Madras plague regulations in force outside the Presidency town - Volume 4
Disease focus: Plague
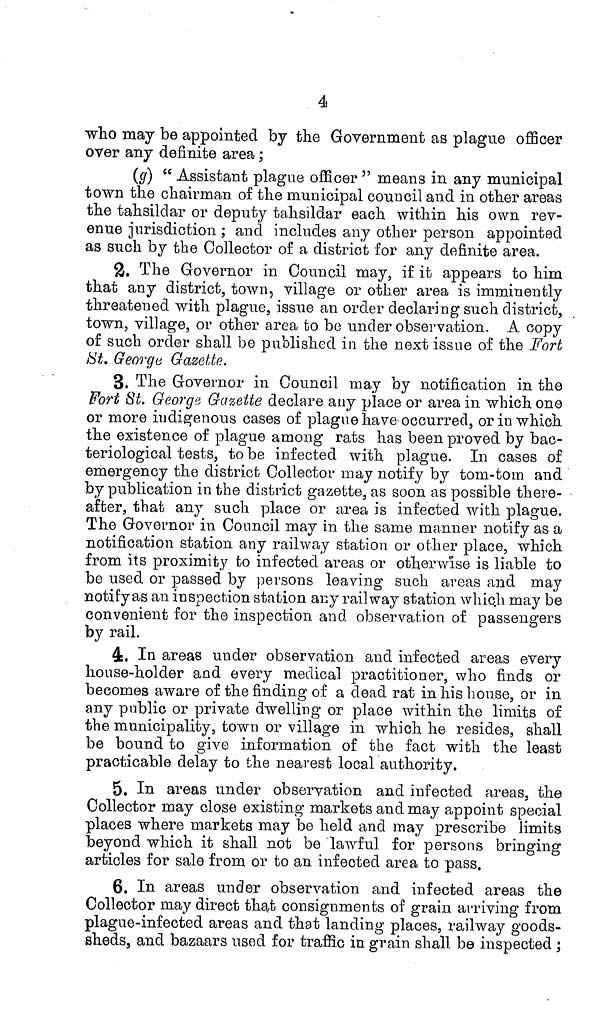
4
who may be appointed by the Government as plague officer
over any definite area ;
(g) " Assistant plague officer " means in any municipal
town the chairman of the municipal council and in other areas
the tahsildar or deputy tahsildar each within his own rev-
enue jurisdiction ; and includes any other person appointed
as such by the Collector of a district for any definite area.
2. The Governor in Council may, if it appears to him
that any district, town, village or other area is imminently
threatened with plague, issue an order declaring such district,
town, village, or other area to be under observation. A copy
of such order shall be published in the next issue of the Fort
St. George Gazette.
3. The Governor in Council may by notification in the
Fort St. George Gazette declare any place or area in which one
or more indigenous cases of plague have occurred, or in which
the existence of plague among rats has been proved by bac-
teriological tests, tobe infected with plague. In cases of
emergency the district Collector may notify by torn-torn and
by publication in the district gazette, as soon as possible there-
after, that any such place or area is infected with plague.
The Governor in Council may in the same manner notify as a
notification station any railway station or other place, which
from its proximity to infected areas or otherwise is liable to
be used or passed by persons leaving such areas and may
notify as an inspection station any railway station whic.li may be
convenient for the inspection and observation of passengers
by rail.
4. In areas under observation and infected areas every
house-holder and every medical practitioner, who finds or
becomes aware of the finding of a dead rat in his house, or in
any public or private dwelling or place within the limits of
the municipality, town or village in which he resides, shall
be bound to give information of the fact with the least
practicable delay to the nearest local authority.
5. In areas under observation and infected areas, the
Collector may close existing markets and may appoint special
places where markets may be held and may prescribe limits
beyond which it shall not be lawful for persons bringing
articles for sale from or to an infected area to pass.
6. In areas under observation and infected areas the
Collector may direct that consignments of grain arriving from
plague-infected areas and that landing places, railway goods-
sheds, and bazaars used for traffic ia grain shall be inspected;